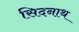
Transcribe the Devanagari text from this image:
सिदनाथ